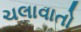
ચલાવાતો